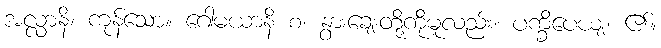
အလ္လာနိ၊ ကုန်သော။ ဂေါမယာနိ စ၊ နွားချေးတို့ကိုမူလည်း။ ပက္ခိပေယျ၊ ၏။